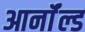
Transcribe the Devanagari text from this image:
आर्नाॅल्ड